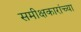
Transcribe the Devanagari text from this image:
समीक्षकारांच्या